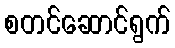
စတင်ဆောင်ရွက်